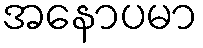
အနောပမာ